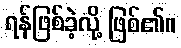
ရန်ဖြစ်ခဲ့လို့ ဖြစ်၏။